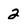
Character: 2